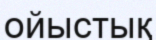
ойыстық